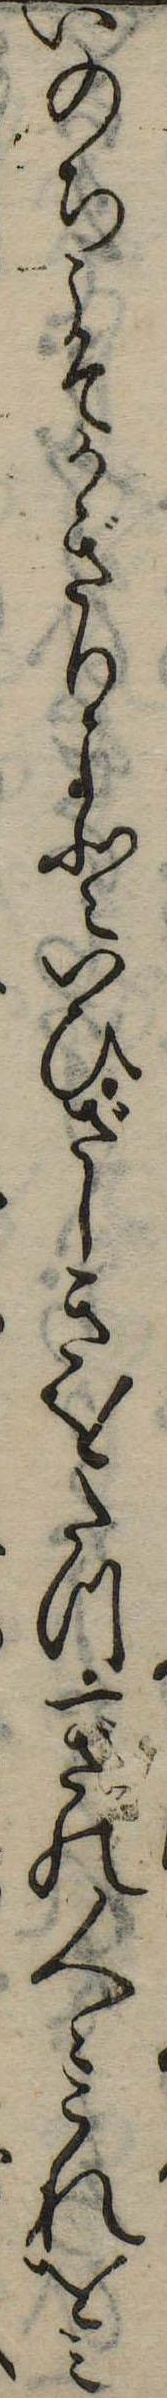
いのちこそかぎりよといひざしきをたつ一ざの人々これをみ